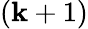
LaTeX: (\mathbf{k}+1)